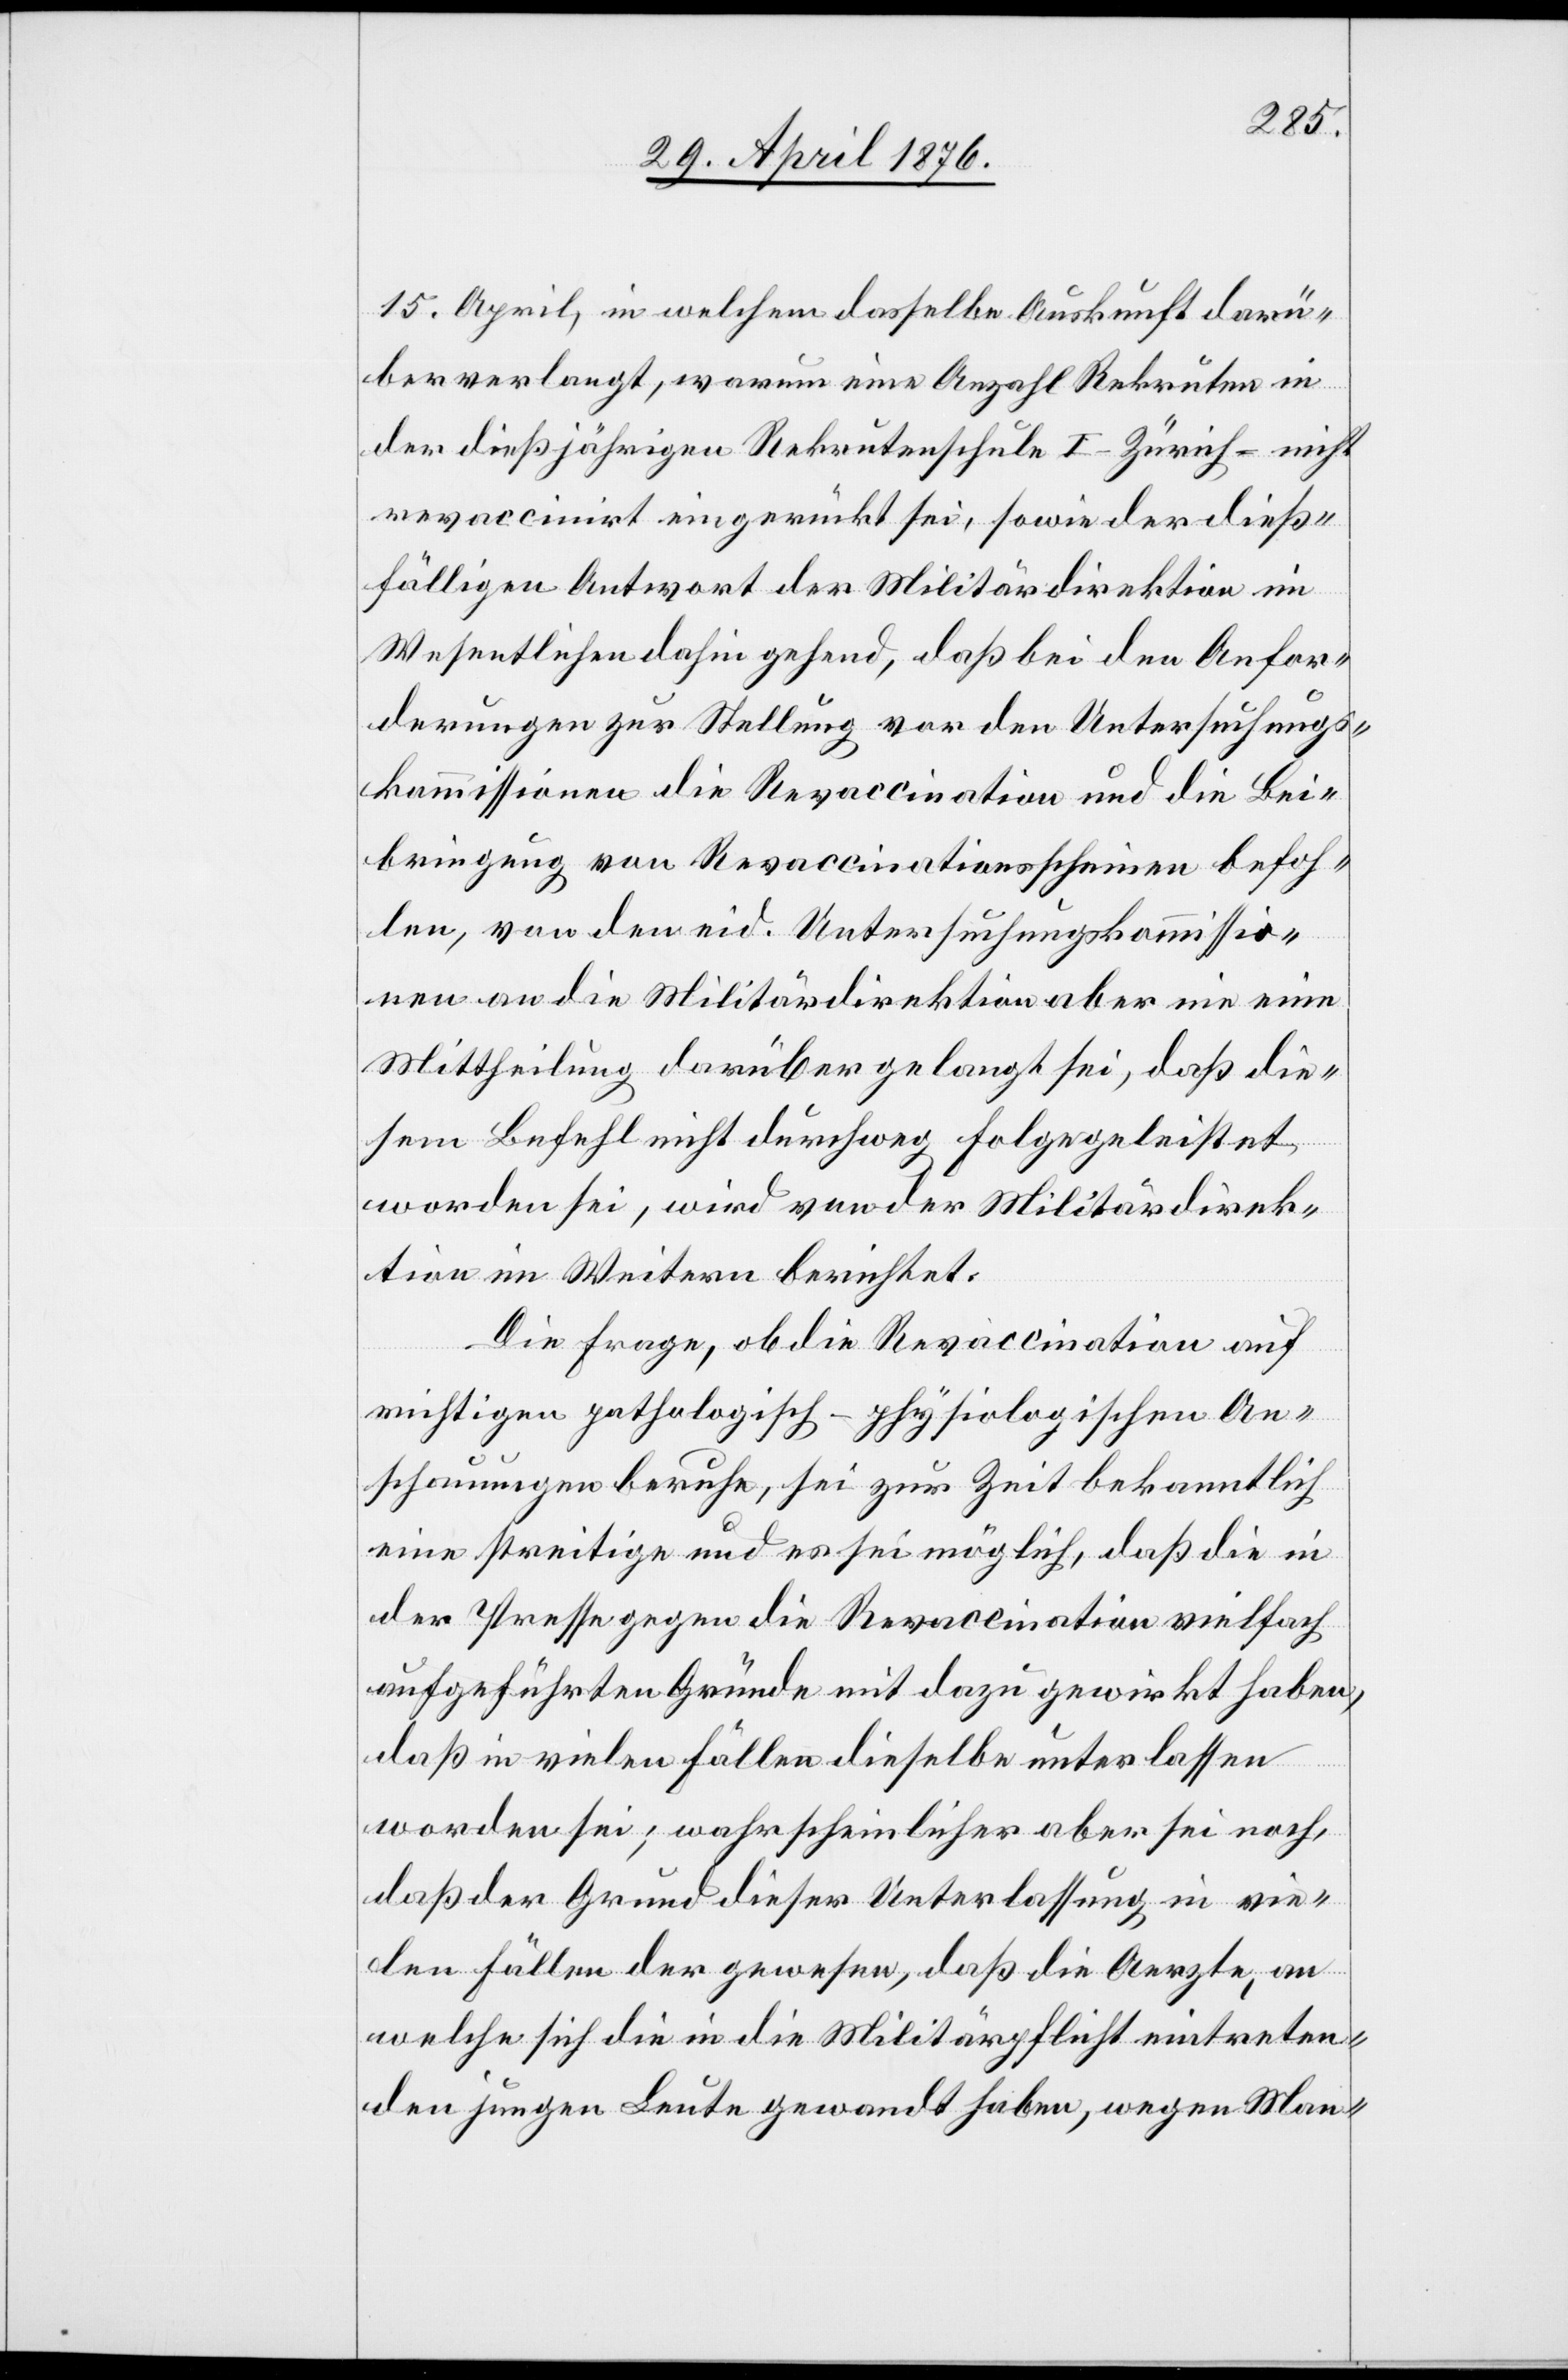
15. April, in welchem dasselbe Auskunft darü¬
ber verlangt, warum eine Anzahl Rekruten
der dießjährigen Rekrutenschule I – Zürich – nicht
revaccinirt eingerückt sei, sowie der dieß¬
fälligen Antwort der Militärdirektion im
Wesentlichen dahin gehend, daß bei den Anfor¬
derungen zur Stellung vor den Untersuchungs¬
kommissionen die Revaccination und die Bei¬
bringung von Revaccinationsscheinen befoh¬
len, von den eid. Untersuchungskommissio¬
nen an die Militärdirektion aber nie eine
Mittheilung darüber gelangt sei, daß die¬
sem Befehl nicht durchweg folgegeleistet
worden sei, wird von der Militärdirek¬
tion im Weitern berichtet:
Die Frage, ob die Revoccination auf
richtigen pathologisch-physiologischen An¬
schauungen beruhe, sei zur Zeit bekanntlich
eine streitige und es sei möglich, das die in
der Presse gegen die Revoccination vielfach
aufgeführten Gründe mit dazu gewirkt haben,
daß in vielen Fällen dieselbe unterlassen
worden sei; wahrscheinlicher aber sei noch,
das der Grund dieser Unterlassung in vie¬
len Fällen der gewesen, daß die Aertze, an
welche sich die in die Militärpflicht eintreten¬
den jungen Leute gewandt haben, wegen Man-